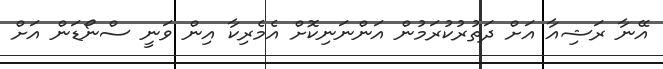
އޭނާ ރަޝިއާ އަށް ދަތުރުކުރަމުން އަންނަނިކޮށް އެމެރިކާ އިން ވަނީ ސްނޯޑަން އަށް